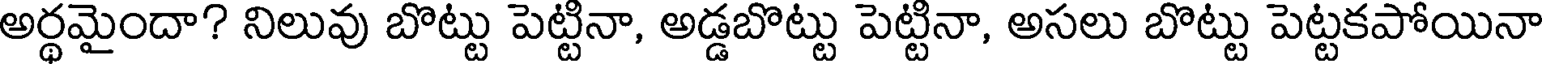
అర్థమైందా? నిలువు బొట్టు పెట్టినా, అడ్డబొట్టు పెట్టినా, అసలు బొట్టు పెట్టకపోయినా